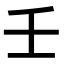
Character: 壬